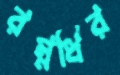
রম্নধির